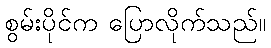
စွမ်းပိုင်က ပြောလိုက်သည်။